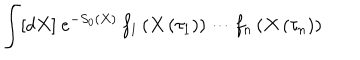
\int [ d X ] \ e ^ { - S _ { 0 } \left( X \right) } \, f _ { 1 } \left( X \left( \tau _ { 1 } \right) \right) \cdots f _ { n } \left( X \left( \tau _ { n } \right) \right)